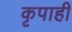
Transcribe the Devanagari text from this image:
कृपाही